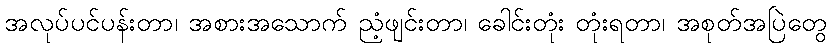
အလုပ်ပင်ပန်းတာ၊ အစားအသောက် ညံ့ဖျင်းတာ၊ ခေါင်းတုံး တုံးရတာ၊ အစုတ်အပြဲတွေ